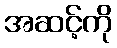
အဆင့်ကို